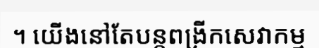
។ យើងនៅតែបន្តពង្រីកសេវាកម្ម